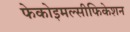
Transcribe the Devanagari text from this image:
फेकोइमल्सीफिकेशन